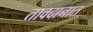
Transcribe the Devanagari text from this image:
तावदानात